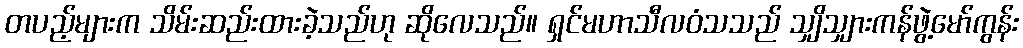
တပည့်များက သိမ်းဆည်းထားခဲ့သည်ဟု ဆိုလေသည်။ ရှင်မဟာသီလဝံသသည် သျှိသျှားကန်ဖွဲ့မော်ကွန်း